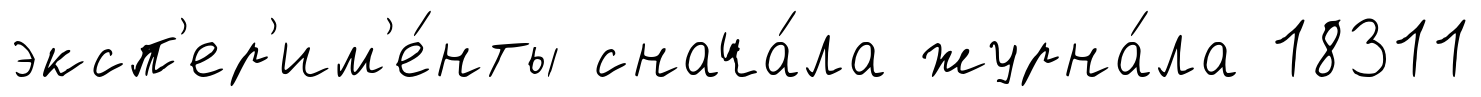
эксп'ер'им'е́нты снача́ла журна́ла 18311